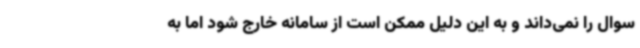
سوال را نمی‌داند و به این دلیل ممکن است از سامانه خارج شود اما به